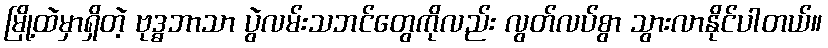
မြို့ထဲမှာရှိတဲ့ ဗုဒ္ဓဘာသာ ပွဲလမ်းသဘင်တွေကိုလည်း လွတ်လပ်စွာ သွားလာနိုင်ပါတယ်။